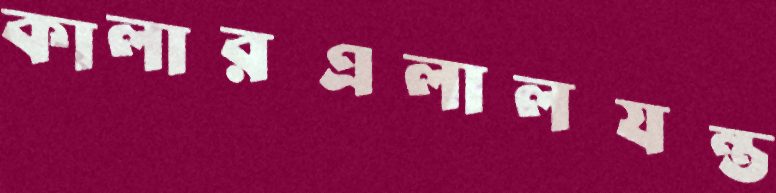
কালারএলালযন্ত